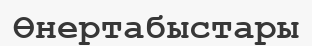
Өнертабыстары